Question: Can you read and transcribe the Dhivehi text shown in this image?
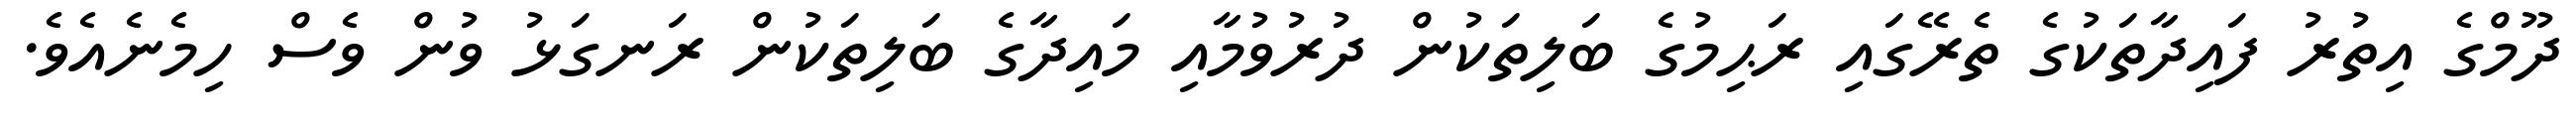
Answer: ދޫމްގެ އިތުރު ފައިދާތަކުގެ ތެރޭގައި ރަޙިމުގެ ބަލިތަކުން ދުރުވުމާއި މައިދާގެ ބަލިތަކުން ރަނގަޅު ވުން ވެސް ހިމެނެއެވެ.